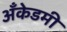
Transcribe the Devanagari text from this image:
अँकेडमी